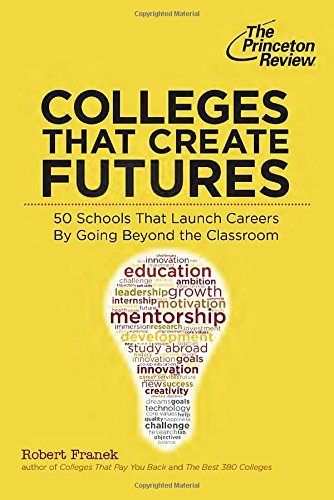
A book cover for Colleges That Create Futures: 50 Schools That Launch Careers By Going Beyond the Classroom (College Admissions Guides); Princeton Review; Test Preparation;